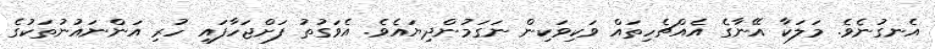
އެނގުނެވެ. މަލަކާ އޭނާގެ އެއްޗެހިތައް ވަކިވަކިން ނަގަމުންދިޔައެވެ. އެވަގުތު ފަށްޖަހާފައި ހުރި އަންނައުނުތަކުގެ